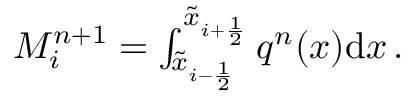
\begin{array} { r } { M _ { i } ^ { n + 1 } = \int _ { \tilde { x } _ { i - \frac { 1 } { 2 } } } ^ { \tilde { x } _ { i + \frac { 1 } { 2 } } } q ^ { n } ( x ) \mathrm { d } x \, . } \end{array}